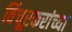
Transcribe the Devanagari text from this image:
विंचूरकरांच्या